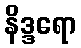
နိဒ္ဒရော